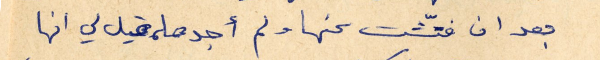
بعد ان فتّشت عنها ولم أجدها، قيل لي انها